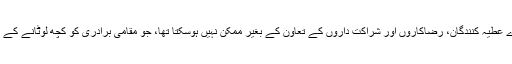
اسٹارز آف کرسمس ہمارے عطیہ کنندگان، رضاکاروں اور شراکت داروں کے تعاون کے بغیر ممکن نہیں ہوسکتا تھا، جو مقامی برادری کو کچھ لوٹانے کے عزم میں ہمارے ساتھ ہیں۔